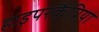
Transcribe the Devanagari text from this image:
हाइपरकैप्निया